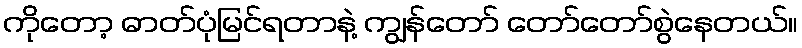
ကိုတော့ ဓာတ်ပုံမြင်ရတာနဲ့ ကျွန်တော် တော်တော်စွဲနေတယ်။